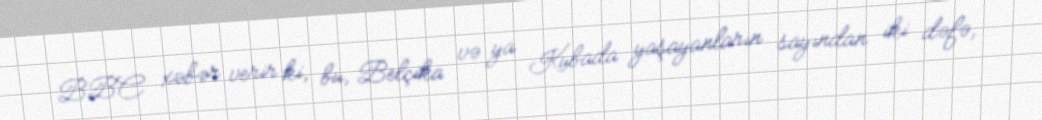
BBC xəbər verir ki, bu, Belçika və ya Kubada yaşayanların sayından iki dəfə,